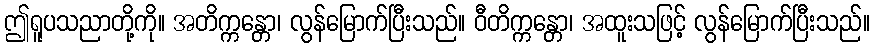
ဤရူပသညာတို့ကို။ အတိက္ကန္တော၊ လွန်မြောက်ပြီးသည်။ ဝီတိက္ကန္တော၊ အထူးသဖြင့် လွန်မြောက်ပြီးသည်။